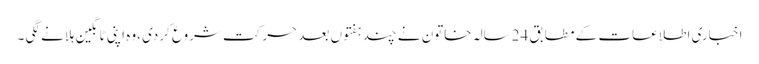
اخباری اطلاعات کے مطابق 24سالہ خاتون نے چند ہفتوں بعد حرکت شروع کردی ،وہ اپنی ٹانگین ہلانے لگی ۔